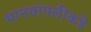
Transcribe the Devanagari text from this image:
मानवांपलीकडे